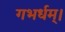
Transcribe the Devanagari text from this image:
गभर्धम्।